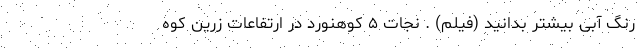
رنگ آبی بیشتر بدانید (فیلم) . نجات ۵ کوهنورد در ارتفاعات زرین کوه